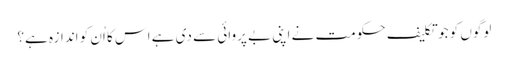
لوگوں کو جو تکلیف حکومت نے اپنی بے پروائی سے دی ہے اس کا اُن کو اندازہ ہے؟